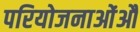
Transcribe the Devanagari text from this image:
परियोजनाओंऔ